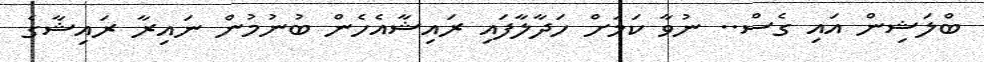
ބްލަޝިން އައި ގެސް.. ނުވާ ކަމަށް ހަދާލާފައި ރައިޝާއެހެން ބުނުމުން ނައިރާ ރައިޝާގެ